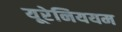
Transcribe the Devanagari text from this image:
यूरेनिययम